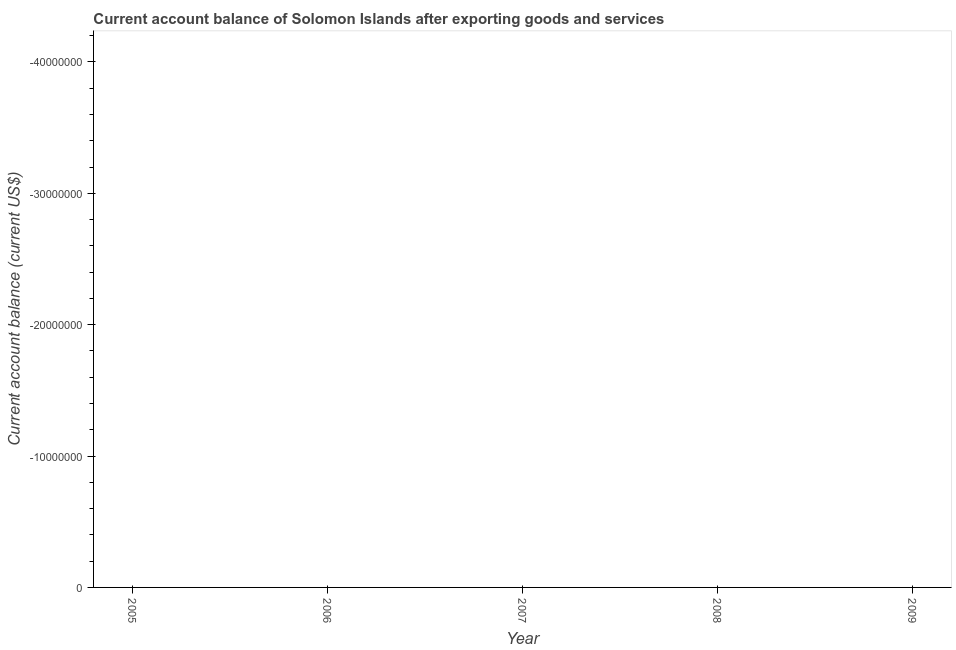
| Year | Current account balance |
 | --- | --- |
 | 2005 | -9.02e+07 |
 | 2006 | -4.7e+07 |
 | 2007 | -8.51e+07 |
 | 2008 | -1.18e+08 |
 | 2009 | -1.39e+08 |